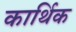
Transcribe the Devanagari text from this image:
कार्थिक